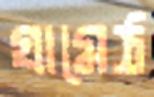
গ্রামেঠ